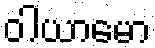
ဝါယာမော